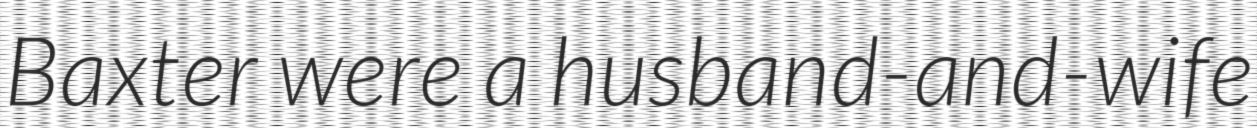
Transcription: Baxter were a husband-and-wife